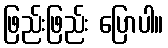
ဖြည်းဖြည်း ပြောပါ။